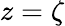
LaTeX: z=\zeta